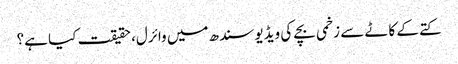
کتے کے کاٹے سے زخمی بچے کی ویڈیو سندھ میں وائرل، حقیقت کیا ہے؟